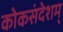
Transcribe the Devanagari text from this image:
कोकसंदेशम्